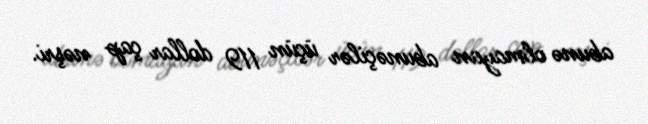
abunə olmayan abunəçilər üçün 119 dollar çap nəşri.